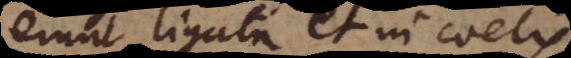
erunt ligata et in coelis